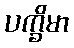
ပက္ခိမာ